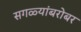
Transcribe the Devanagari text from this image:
सगळ्यांबरोबर